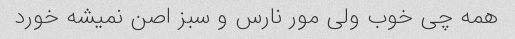
همه چی خوب ولی مور نارس و سبز اصن نمیشه خورد